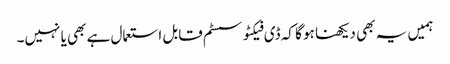
ہمیں یہ بھی دیکھنا ہو گا کہ ڈی فیکٹو سسٹم قابل استعمال ہے بھی یا نہیں۔